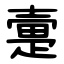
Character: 㚄